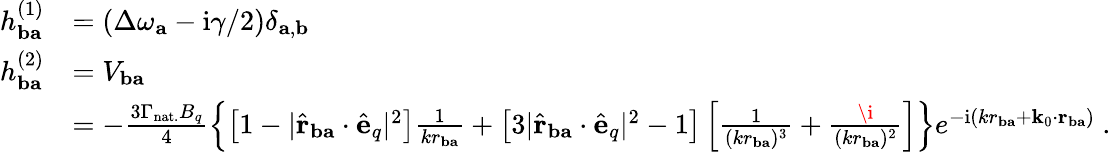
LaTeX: \begin{array}{rl}{h_{\mathbf{ba}}^{(1)}}&{=(\Delta\omega_{\mathbf{a}}-\mathrm{i}\gamma/2)\delta_{\mathbf{a},\mathbf{b}}}\\ {h_{\mathbf{ba}}^{(2)}}&{=V_{\mathbf{ba}}}\\ &{=-\frac{3\Gamma_{\mathrm{nat.}}B_{q}}{4}\left\{ \left[1-|\hat{\mathbf{r}}_{\mathbf{ba}}\cdot\hat{\mathbf{e}}_{q}|^{2}\right]\frac{1}{kr_{\mathbf{ba}}}+\left[3|\hat{\mathbf{r}}_{\mathbf{ba}}\cdot\hat{\mathbf{e}}_{q}|^{2}-1\right]\left[\frac{1}{(kr_{\mathbf{ba}})^{3}}+\frac{\i}{(kr_{\mathbf{ba}})^{2}}\right]\right\} e^{-\mathrm{i}(kr_{\mathbf{ba}}+\mathbf{k}_{0}\cdot\mathbf{r}_{\mathbf{ba}})}~.}\end{array}